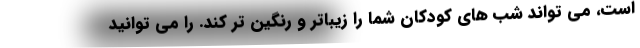
است، می تواند شب های کودکان شما را زیباتر و رنگین تر کند. را می توانید